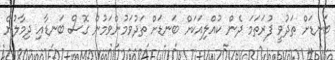
ބަނޑަށް ތަދުވީ ފުރަތަމަ ދެން ކުއްލިއަކަށް ބަނޑަށް ތަދުވަމުންވަމުން ގޮސް ބަނޑާއި ދިމާލުން